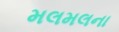
મલમલના